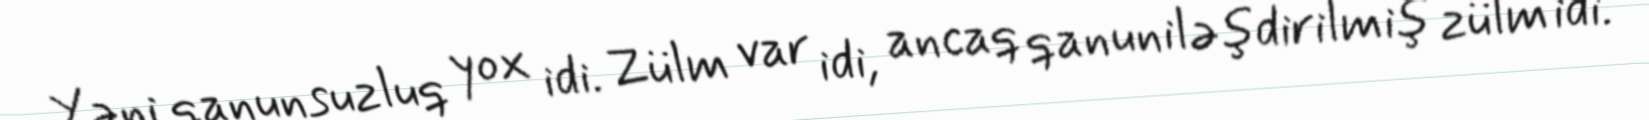
Yəni qanunsuzluq yox idi. Zülm var idi, ancaq qanuniləşdirilmiş zülm idi.